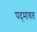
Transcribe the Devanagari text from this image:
पद्‍मावत